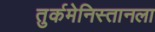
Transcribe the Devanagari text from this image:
तुर्कमेनिस्तानला